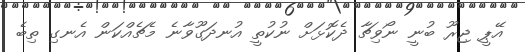
އޭޕީ ޖިރޫ ބުނީ ނޯވިޗާ ދެކޮޅަށް ނުކުތީ އުނދަގޫވާނެ މެޗެއްކަން އެނގި ތިބެ